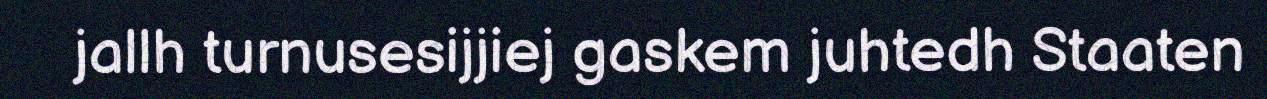
jallh turnusesijjiej gaskem juhtedh Staaten